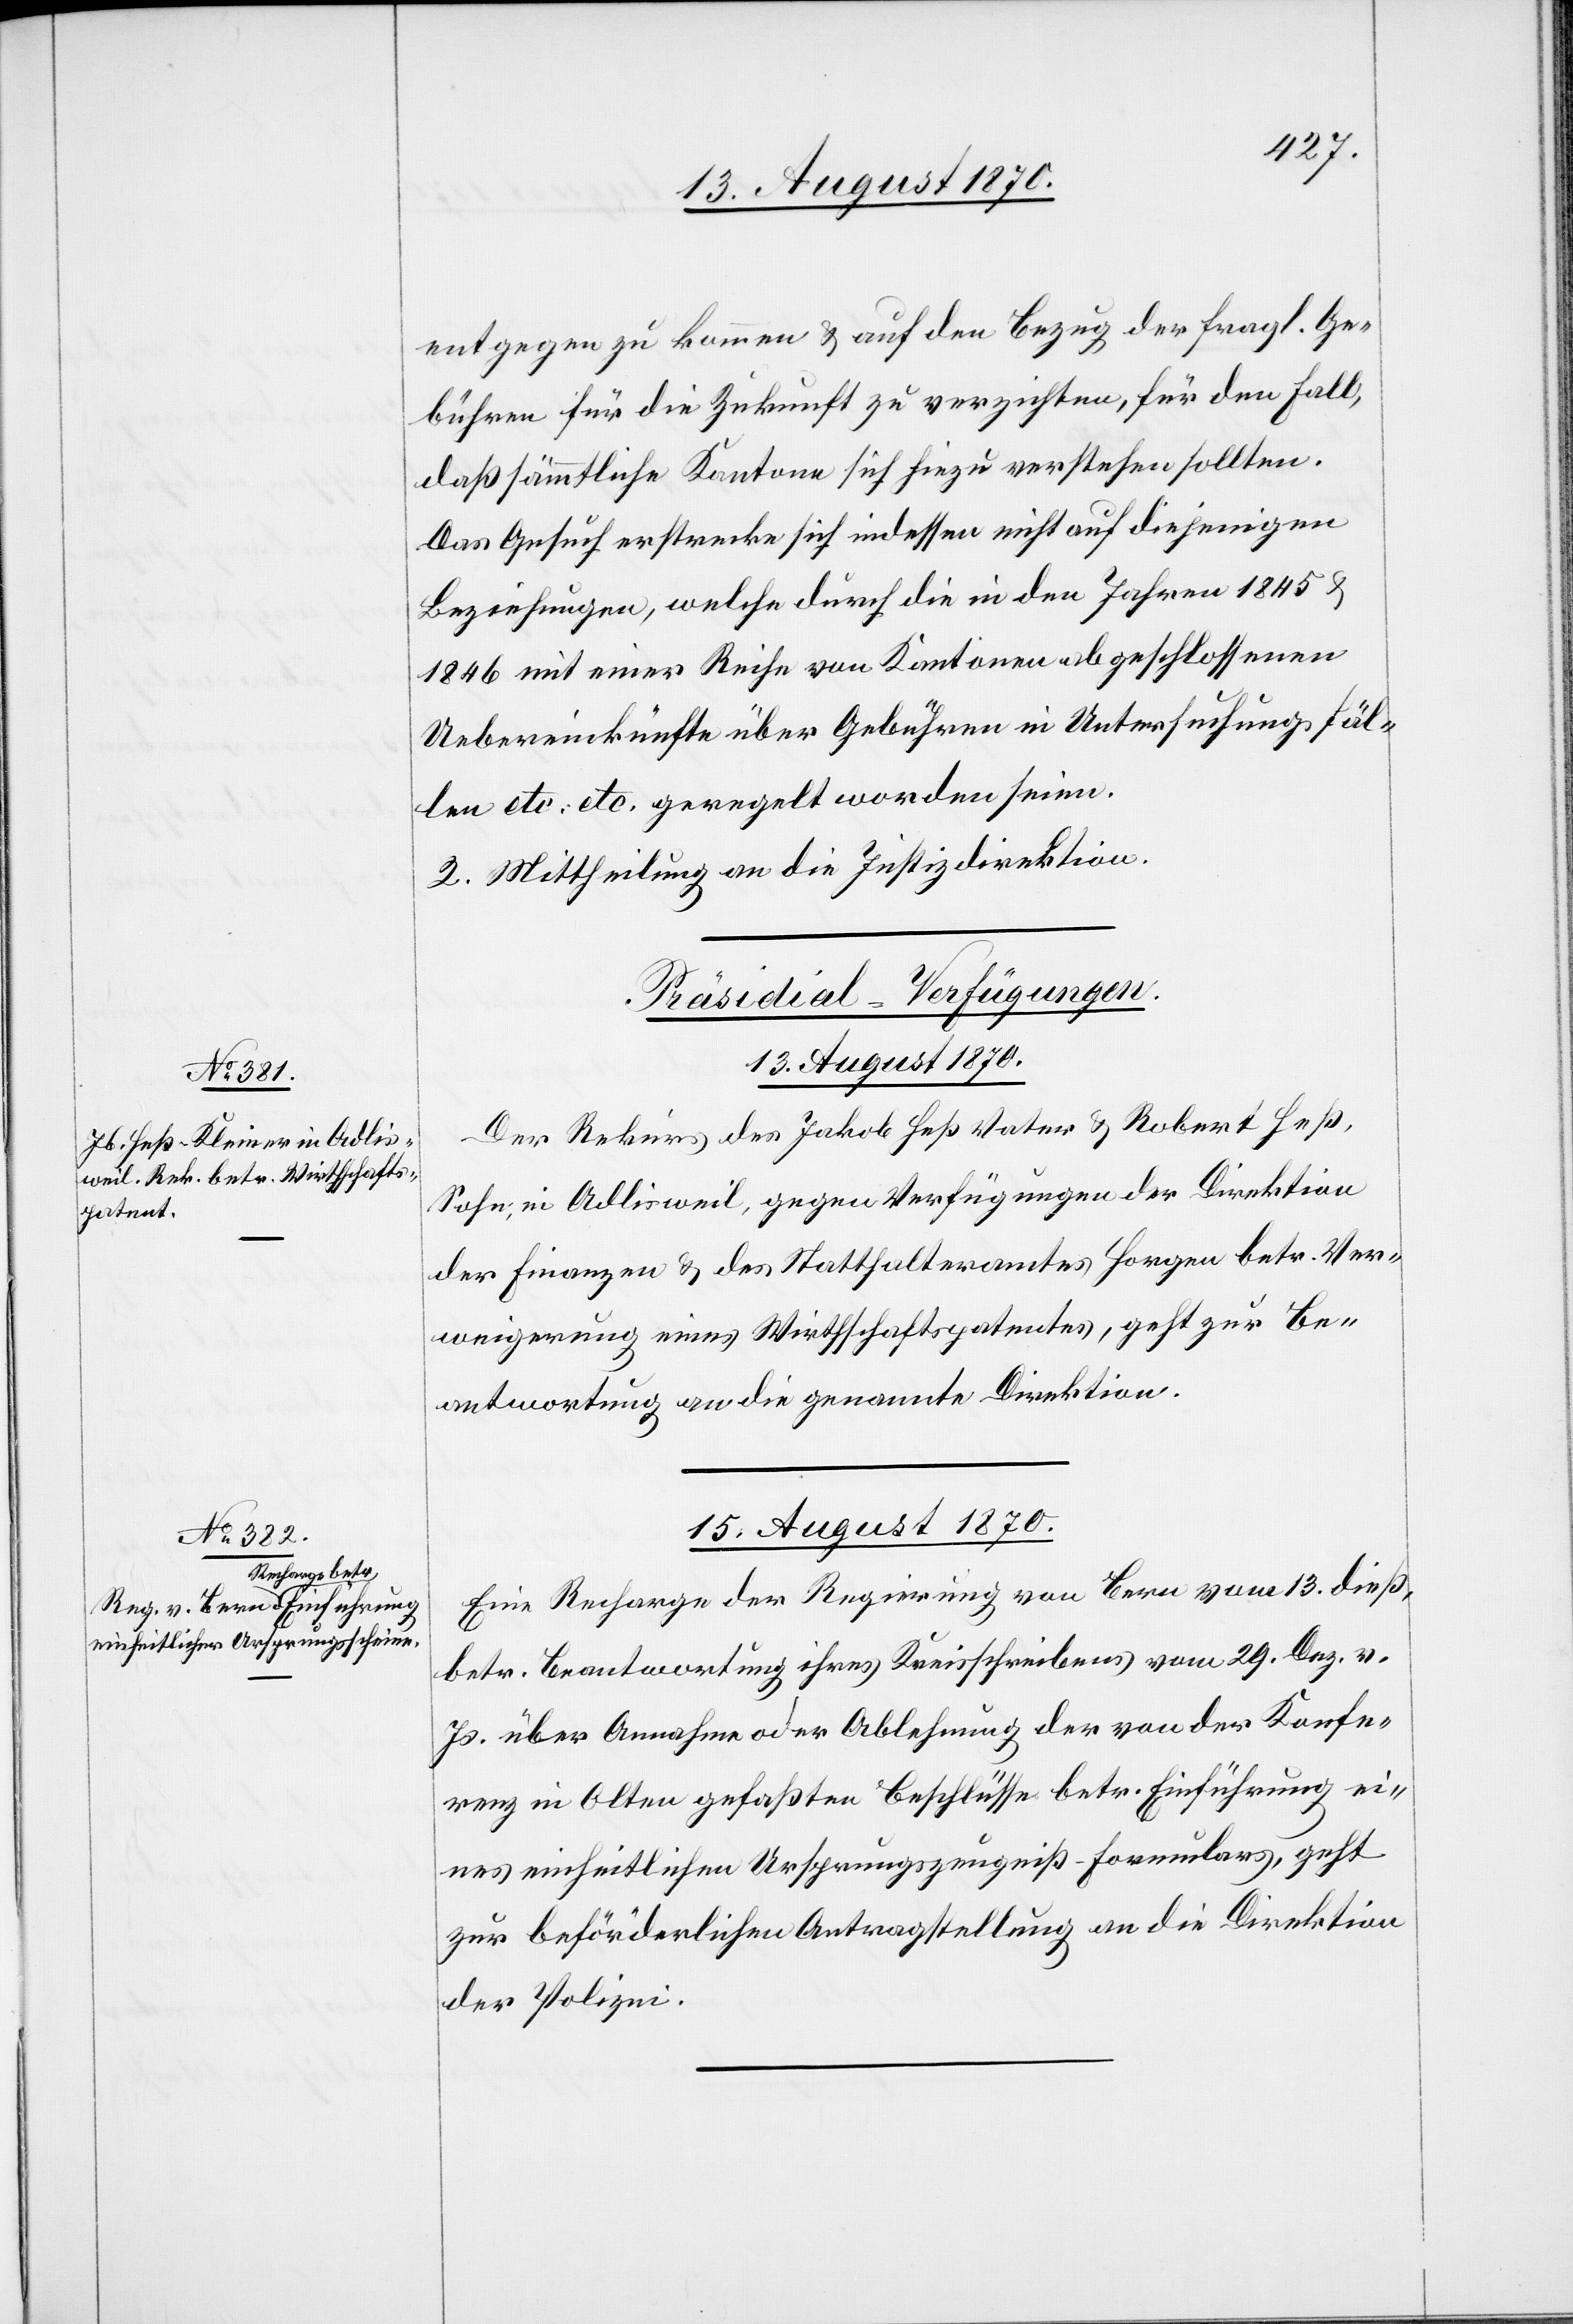
entgegen zu kommen & auf den Bezug der fragl. Ge¬
bühren für die Zukunft zu verzichten, für den Fall,
daß sämmtliche Kantone sich hiezu verstehen sollten.
Das Gesuch erstrecke sich indessen nicht auf diejenigen
Beziehungen, welche durch die in den Jahren 1845 &
1846 mit einer Reihe von Kantonen abgeschlossenen
Uebereinkünfte über Gebühren in Untersuchungsfäl¬
len etc. etc. geregelt worden seien.
2. Mittheilung an die Justizdirektion.
[Präsidial-Verfügungen.]
13. August 1870.
Der Rekurs des Jakob Heß Vater & Robert Heß,
Sohn, in Adlisweil, gegen Verfügungen der Direktion
der Finanzen & des Statthalteramtes Horgen betr. Ver¬
weigerung eines Wirthschaftspatentes, geht zur Be¬
antwortung an die genannte Direktion.
15. August 1870.
Eine Recharge der Regierung von Bern vom 13. dieß,
betr. Beantwortung ihres Kreisschreibens vom 29. Dez. v.
Js. über Annahme oder Ablehnung der von der Konfe¬
renz in Olten gefaßten Beschlüsse betr. Einführung ei¬
nes einheitlichen Ursprungszeugniß-Formulars, geht
zur beförderlichen Antragstellung an die Direktion
der Polizei.